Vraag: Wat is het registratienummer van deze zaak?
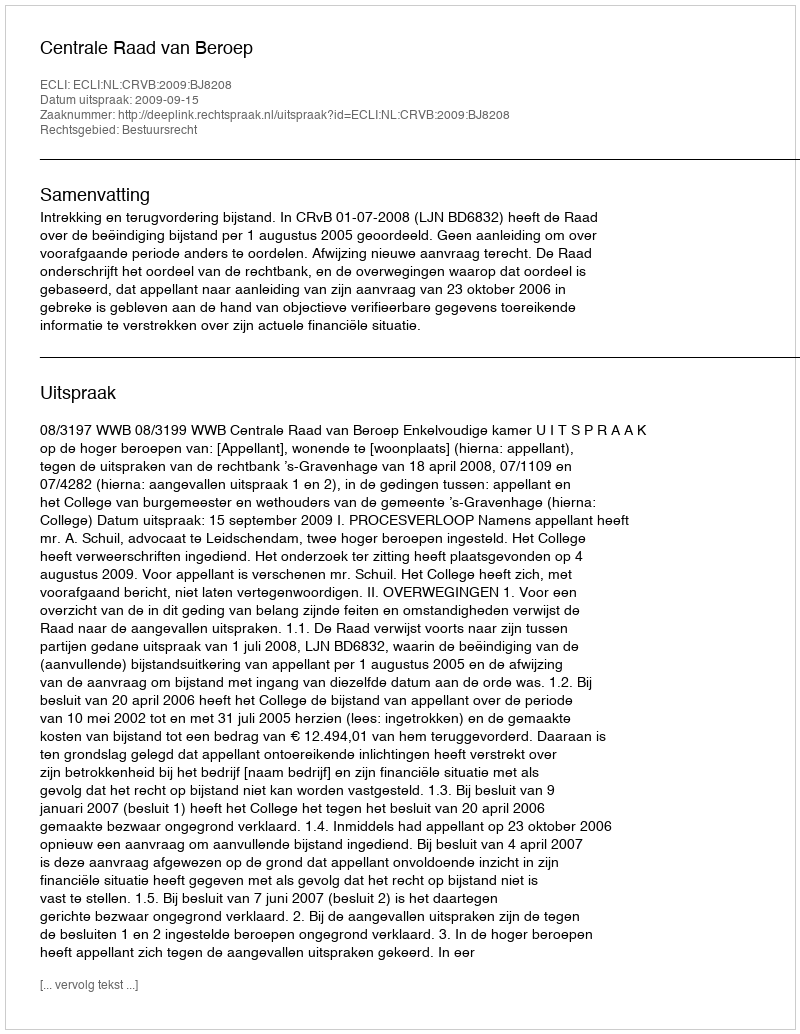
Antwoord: http://deeplink.rechtspraak.nl/uitspraak?id=ECLI:NL:CRVB:2009:BJ8208